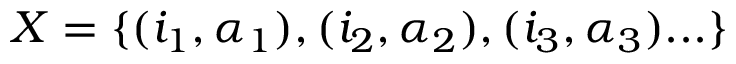
X = \{ ( i _ { 1 } , \alpha _ { 1 } ) , ( i _ { 2 } , \alpha _ { 2 } ) , ( i _ { 3 } , \alpha _ { 3 } ) . . . \}